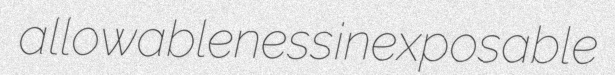
allowableness inexposable